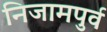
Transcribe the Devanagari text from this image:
निजामपुर्व